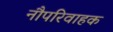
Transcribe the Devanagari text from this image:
नौपरिवाहक